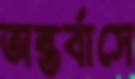
অন্তর্বাসে